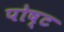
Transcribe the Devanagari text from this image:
पोष्‍ट